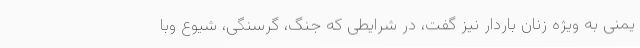
یمنی به ویژه زنان باردار نیز گفت، در شرایطی که جنگ، گرسنگی، شیوع وبا